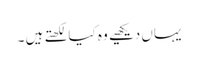
یہاں دیکھیے وہ کیا لکھتے ہیں ۔